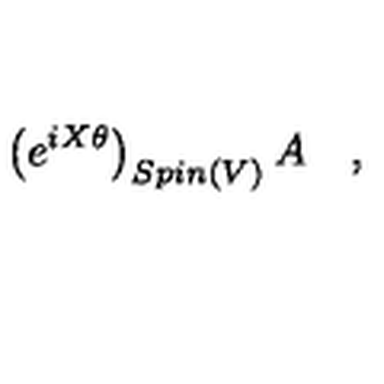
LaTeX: \left( e ^ { i X \theta } \right) _ { S p i n ( V ) } A \quad ,